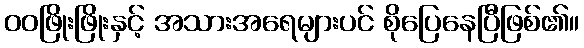
ဝဝဖြိုးဖြိုးနှင့် အသားအရေများပင် စိုပြေနေပြီဖြစ်၏။